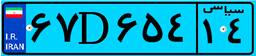
۶۷D۶۵۴۱۴